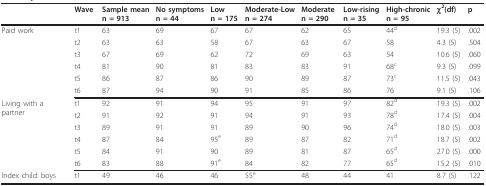
<table><thead><tr><td></td><td><b>Wave</b></td><td><b>Sample meann = 913</b></td><td><b>No symptomsn = 44</b></td><td><b>Lown = 175</b></td><td><b>Moderate-Lown = 274</b></td><td><b>Moderaten = 290</b></td><td><b>Low-risingn = 35</b></td><td><b>High-chronicn = 95</b></td><td><b>χ<sup>2</sup>(df)</b></td><td><b>p</b></td></tr></thead><tbody><tr><td rowspan="6">Paid work</td><td>t1</td><td>63</td><td>69</td><td>67</td><td>67</td><td>62</td><td>65</td><td>44<sup>d</sup></td><td>19.3(5)</td><td>.002</td></tr><tr><td>t2</td><td>63</td><td>63</td><td>58</td><td>67</td><td>63</td><td>67</td><td>58</td><td>4.3(5)</td><td>.504</td></tr><tr><td>t3</td><td>67</td><td>69</td><td>62</td><td>72</td><td>69</td><td>63</td><td>54</td><td>10.6(5)</td><td>.060</td></tr><tr><td>t4</td><td>81</td><td>90</td><td>81</td><td>83</td><td>83</td><td>91</td><td>68<sup>c</sup></td><td>9.3(5)</td><td>.099</td></tr><tr><td>t5</td><td>86</td><td>87</td><td>86</td><td>90</td><td>89</td><td>87</td><td>73<sup>c</sup></td><td>11.5(5)</td><td>.043</td></tr><tr><td>t6</td><td>87</td><td>94</td><td>90</td><td>91</td><td>85</td><td>86</td><td>76</td><td>9.1(5)</td><td>.106</td></tr><tr><td rowspan="6">Livingwith apartner</td><td>t1</td><td>92</td><td>91</td><td>94</td><td>95</td><td>91</td><td>97</td><td>82<sup>d</sup></td><td>19.3(5)</td><td>.002</td></tr><tr><td>t2</td><td>91</td><td>92</td><td>91</td><td>94</td><td>91</td><td>93</td><td>78<sup>d</sup></td><td>17.4(5)</td><td>.004</td></tr><tr><td>t3</td><td>89</td><td>91</td><td>91</td><td>89</td><td>90</td><td>96</td><td>74<sup>d</sup></td><td>18.0(5)</td><td>.003</td></tr><tr><td>t4</td><td>87</td><td>84</td><td>95<sup>e</sup></td><td>89</td><td>87</td><td>82</td><td>71<sup>d</sup></td><td>18.7(5)</td><td>.002</td></tr><tr><td>t5</td><td>84</td><td>91</td><td>90</td><td>89</td><td>81</td><td>87</td><td>65<sup>d</sup></td><td>27.0(5)</td><td>.000</td></tr><tr><td>t6</td><td>83</td><td>88</td><td>91<sup>e</sup></td><td>84</td><td>82</td><td>77</td><td>65<sup>d</sup></td><td>15.2(5)</td><td>.010</td></tr><tr><td>Indexchild:boys</td><td>t1</td><td>49</td><td>46</td><td>46</td><td>55<sup>e</sup></td><td>48</td><td>44</td><td>41</td><td>8.7(5)</td><td>.122</td></tr></tbody></table>